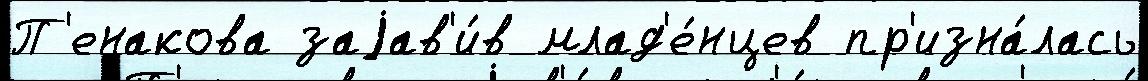
П'енакова заjав'и́в млад'е́нцев пр'изна́лась